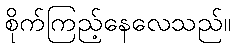
စိုက်ကြည့်နေလေသည်။